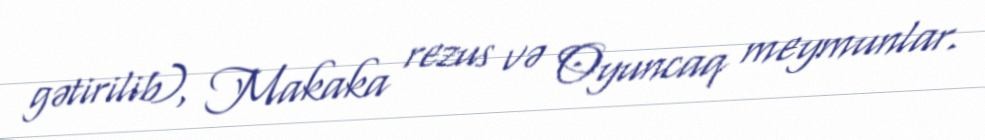
gətirilib), Makaka rezus və Oyuncaq meymunlar.